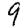
Digit: 9